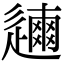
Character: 𨗃